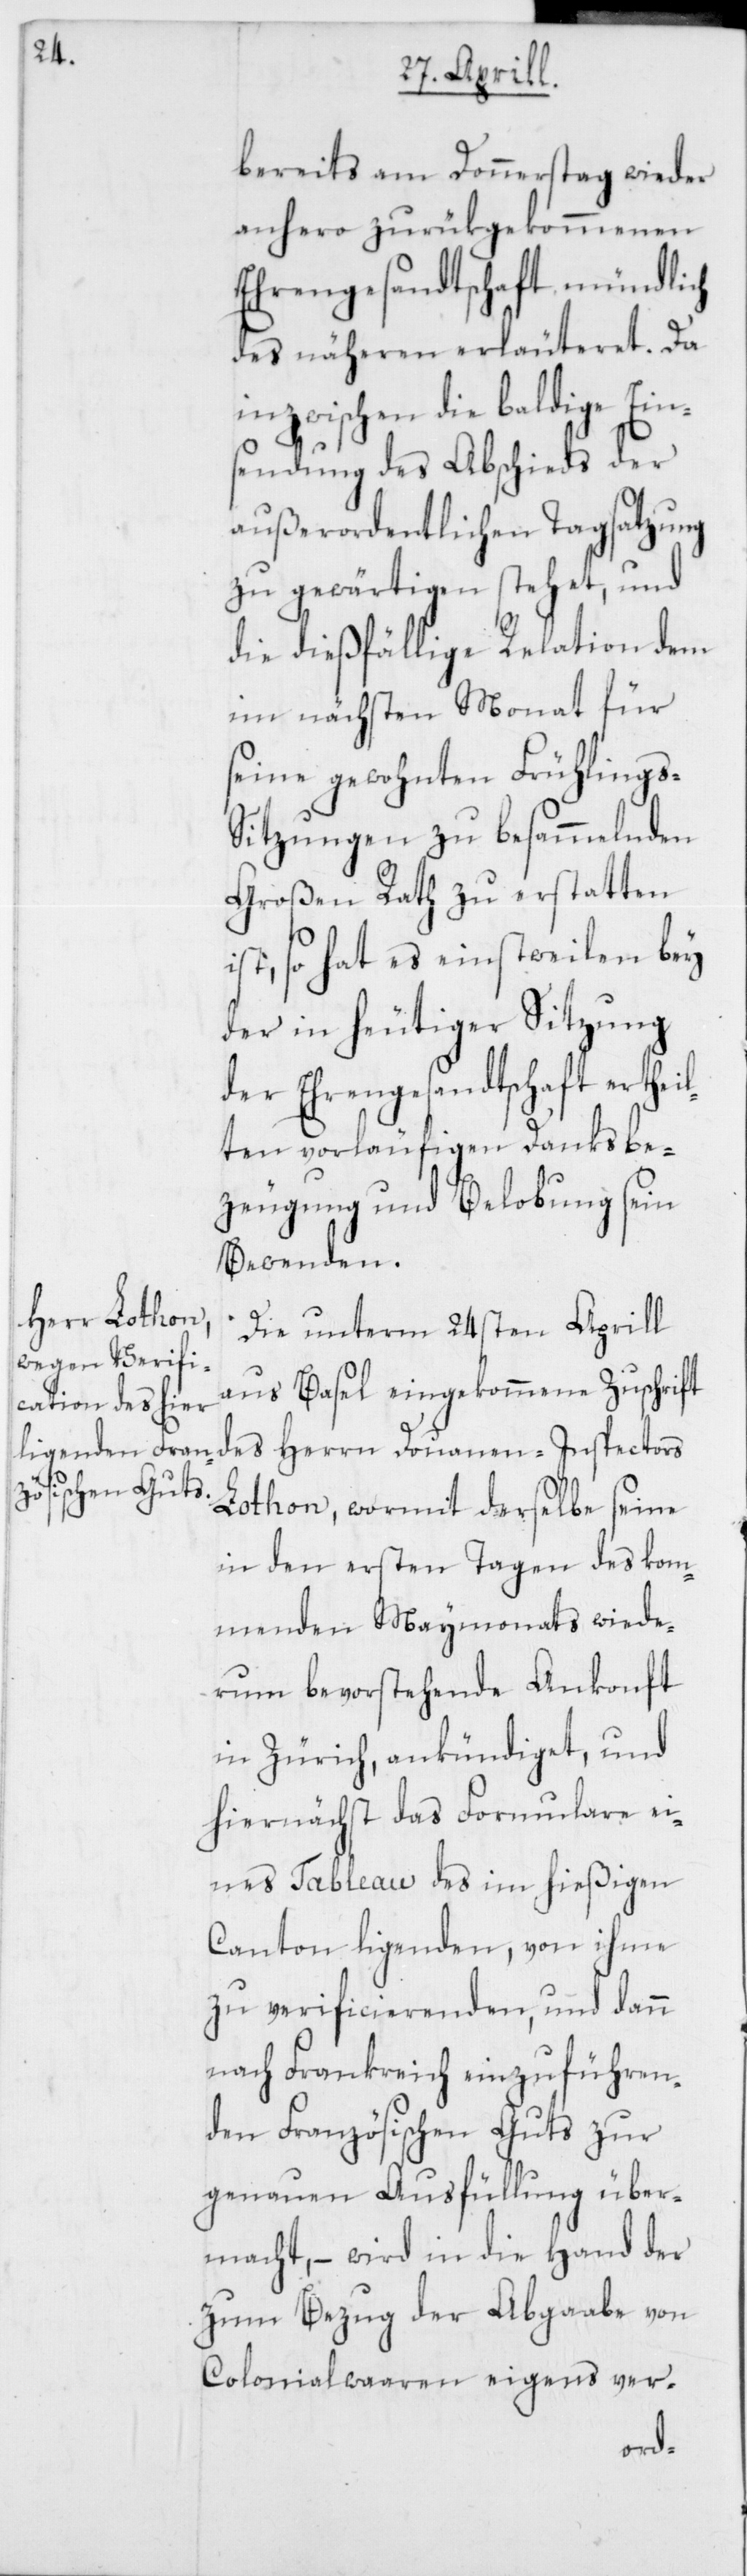
bereits am Donnerstag wieder
anhero zurükgekommenen
Ehrengesandtschaft mündlich
des näheren erläuteret. Da
inzwischen die baldige Ein¬
sendung des Abschieds der
außerordentlichen Tagsatzung
zu gewärtigen stehet, und
die dießfällige Relation dem
im nächsten Monat für
seine gewohnten Frühlings-S¬
itzungen zu besammelnden
Großen Rath zu erstatten
ist, so hat es einstweilen bey
der in heutiger Sitzung
der Ehrengesandtschaft erthei¬
lten vorläufigen Danksbe¬
zeugung und Belobung sein
Bewenden.
Die unterm 24sten Aprill
aus Basel eingekommene Zuschrift
des Herrn Douanen-Inspectors
Lothon, wormit derselbe seine
in den ersten Tagen des kom¬
menden Maymonats wiede¬
rum bevorstehende Ankonft
in Zürich, ankündiget, und
hiernächst das Formulare ei¬
nes Tableau des im hießigen
Canton ligenden, von ihme
zu verificierienden, und dann
nach Frankreich einzuführen¬
den Französischen Guts zur
genauen Ausfüllung über¬
macht, – wird in die Hand der
zum Bezug der Abgaabe von
Colonialwaaren eigens ver-